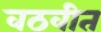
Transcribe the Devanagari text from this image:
वठवीत